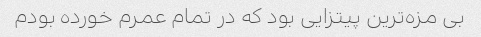
بی مزه‌ترین پیتزایی بود که در تمام عمرم خورده بودم